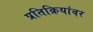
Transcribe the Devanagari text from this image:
प्रतिक्रियांवर